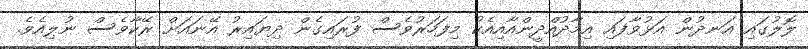
ލޮލުގައި އަނދުން އަޅުވާފައި އިމާދުއްދީންއާއިއެކު މިފަހަރުވެސް ފުރައިގެން ދިޔައިރު އޭނައަށް ރޭކާވެސް ނުލިއެވެ.